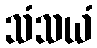
သံသယံ